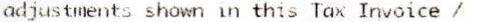
ADJUSTMENTS SHOWN IN THIS TAX INVOICE /